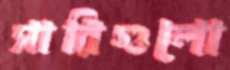
সারিগুলো